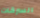
السرقات